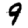
Digit: 9